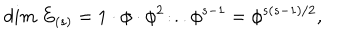
d i m ~ E _ { ( s ) } = 1 \cdot \phi \cdot \phi ^ { 2 } \dot { . } . . \phi ^ { s - 1 } = \phi ^ { s ( s - 1 ) / 2 } ,